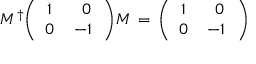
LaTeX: M ^ { \dagger } \Bigg ( \begin{array} { c c } { { 1 \, } } & { { \; 0 } } \\ { { 0 \, } } & { { - 1 \, } } \end{array} \Bigg ) M \, = \, \Bigg ( \begin{array} { c c } { { 1 \, } } & { { \; 0 } } \\ { { 0 \, } } & { { - 1 \, } } \end{array} \Bigg ) \,